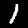
Digit: 1